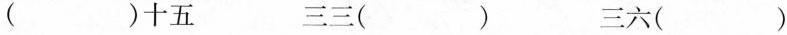
()十五 三三() 三六()